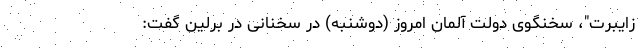
زایبرت"، سخنگوی دولت آلمان امروز (دوشنبه) در سخنانی در برلین گفت: